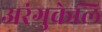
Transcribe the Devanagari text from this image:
अरंगुकेलि